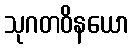
သုဂတဝိနယော